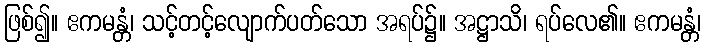
ဖြစ်၍။ ဧကမန္တံ၊ သင့်တင့်လျောက်ပတ်သော အရပ်၌။ အဋ္ဌာသိ၊ ရပ်လေ၏။ ဧကမန္တံ၊